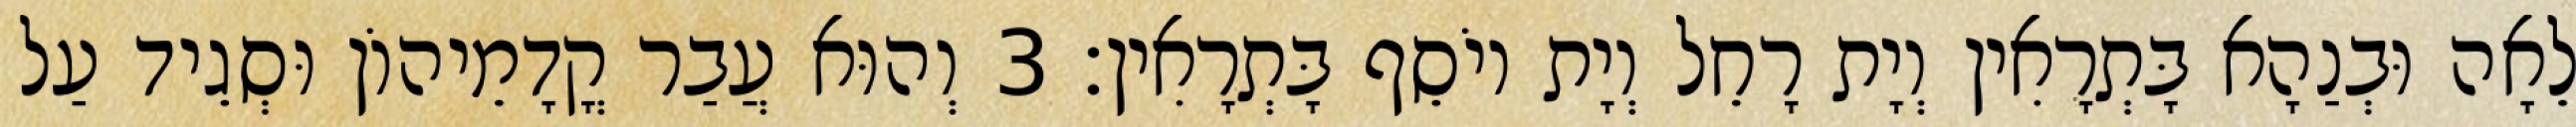
לֵאָה וּבְנַהָא בָּתְרָאִין וְיָת רָחֵל וְיָת יוֹסֵף בָּתְרָאִין׃ 3 וְהוּא עֲבַר קֳדָמֵיהוֹן וּסְגֵיד עַל